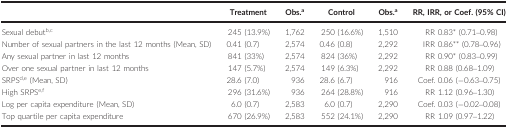
<table><thead><tr><td></td><td><b>Treatment</b></td><td><b>Obs.a</b></td><td><b>Control</b></td><td><b>Obs.a</b></td><td><b>RR, IRR, or Coef. (95% CI)</b></td></tr></thead><tbody><tr><td>Sexual debutb<sup>,</sup>c</td><td>245 (13.9%)</td><td>1,762</td><td>250 (16.6%)</td><td>1,510</td><td>RR 0.83* (0.71–0.98)</td></tr><tr><td>Number of sexual partners in the last 12 months (Mean, SD)</td><td>0.41 (0.7)</td><td>2,574</td><td>0.46 (0.8)</td><td>2,292</td><td>IRR 0.86** (0.78–0.96)</td></tr><tr><td>Any sexual partner in last 12 months</td><td>841 (33%)</td><td>2,574</td><td>824 (36%)</td><td>2,292</td><td>RR 0.90* (0.83–0.99)</td></tr><tr><td>Over one sexual partner in last 12 months</td><td>147 (5.7%)</td><td>2,574</td><td>149 (6.3%)</td><td>2,292</td><td>RR 0.88 (0.68–1.09)</td></tr><tr><td>SRPSd<sup>,</sup>e (Mean, SD)</td><td>28.6 (7.0)</td><td>936</td><td>28.6 (6.7)</td><td>916</td><td>Coef. 0.06 (−0.63–0.75)</td></tr><tr><td>High SRPSe<sup>,</sup>f</td><td>296 (31.6%)</td><td>936</td><td>264 (28.8%)</td><td>916</td><td>RR 1.12 (0.96–1.30)</td></tr><tr><td>Log per capita expenditure (Mean, SD)</td><td>6.0 (0.7)</td><td>2,583</td><td>6.0 (0.7)</td><td>2,290</td><td>Coef. 0.03 (−0.02–0.08)</td></tr><tr><td>Top quartile per capita expenditure</td><td>670 (26.9%)</td><td>2,583</td><td>552 (24.1%)</td><td>2,290</td><td>RR 1.09 (0.97–1.22)</td></tr></tbody></table>